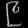
Digit: ၉